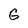
Character: G